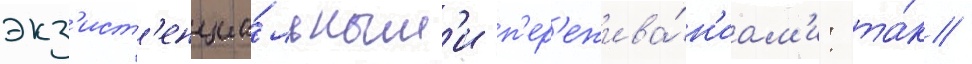
экз'ист'енциа́льным'и п'ер'ежива́н'иам'и: та́к /